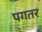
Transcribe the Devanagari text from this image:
पगतर